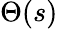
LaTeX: \Theta(s)